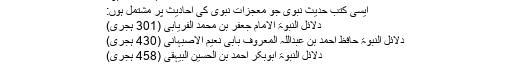
کتب دلائل النبوۃ
ایسی کتب حدیث نبوی جو معجزات نبوی کی احادیث پر مشتمل ہوں:
دلائل النبوۃ الامام جعفر بن محمد الفریابی (301 ہجری)
دلائل النبوۃ حافظ احمد بن عبداللہ المعروف بابی نعیم الاصبہانی (430 ہجری)
دلائل النبوۃ ابوبکر احمد بن الحسین البیہقی (458 ہجری)
23۔